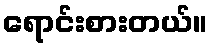
ရောင်းစားတယ်။